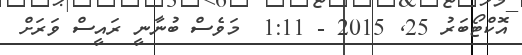
އޮކްޓޯބަރު 25